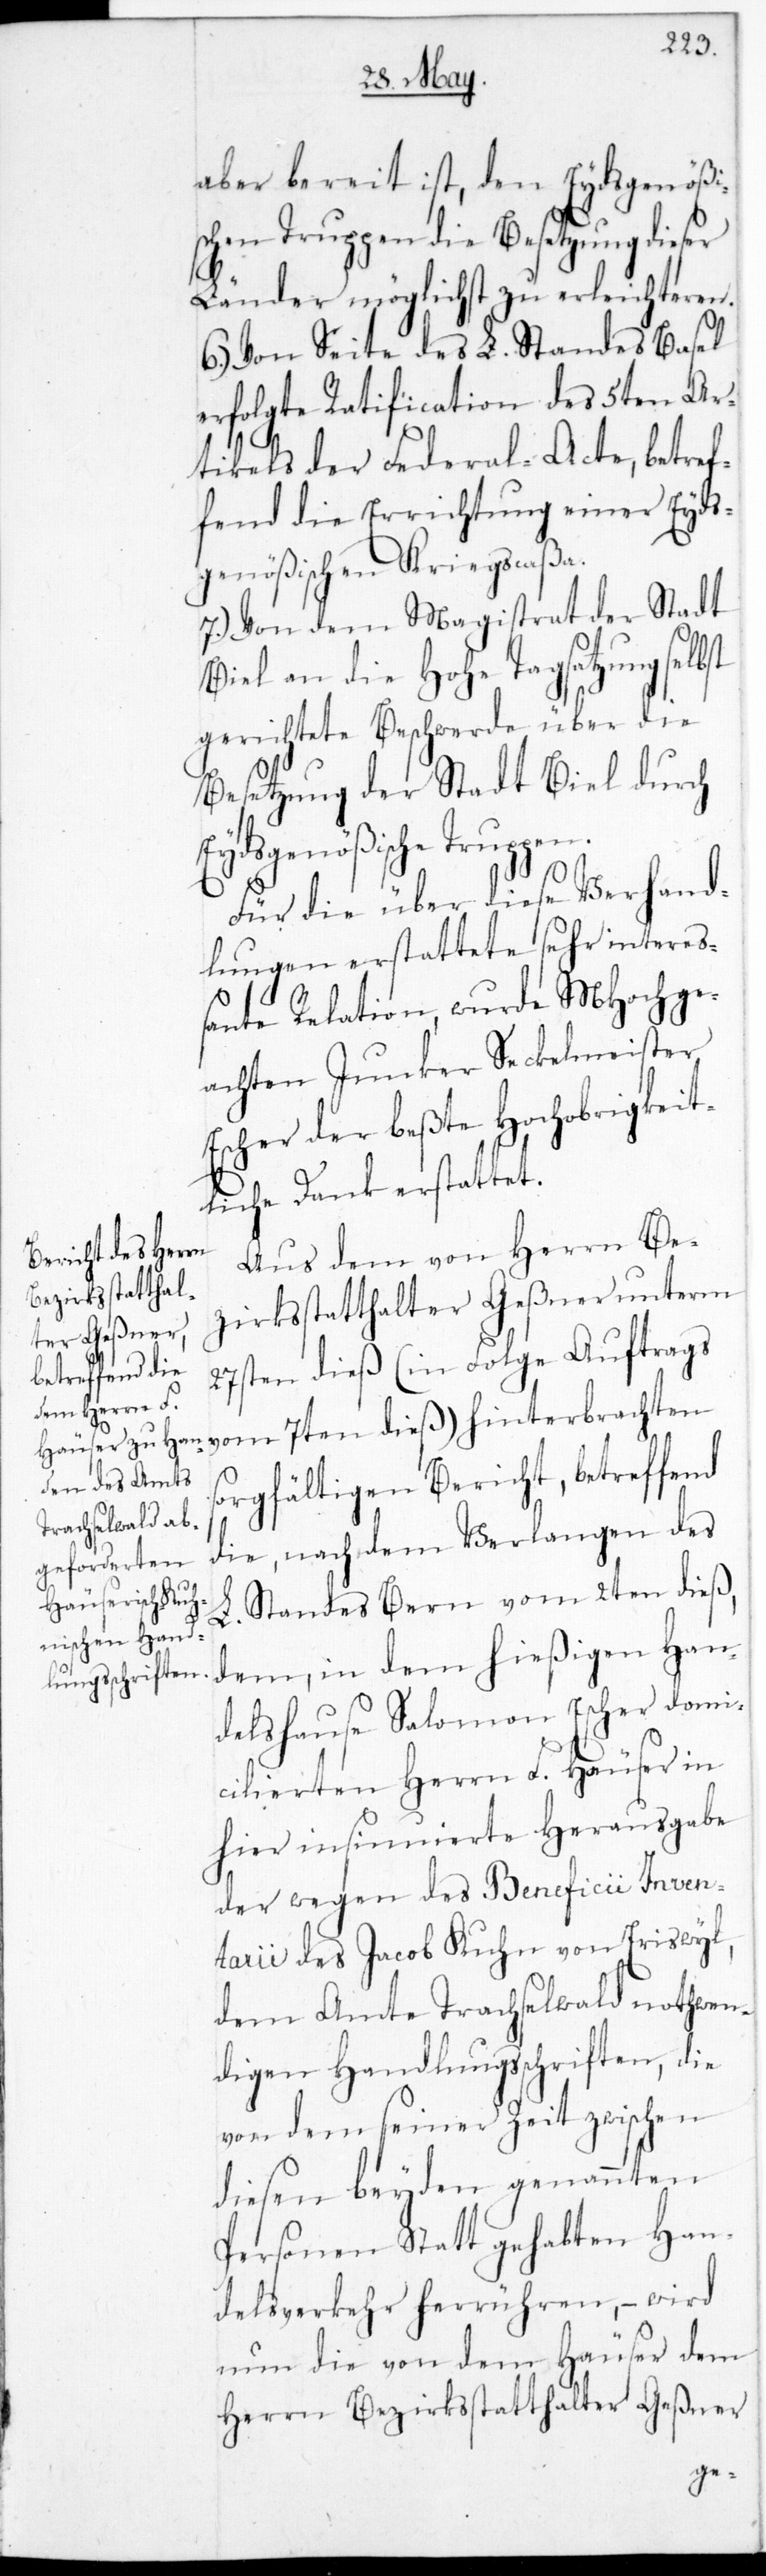
aber bereit ist, den Eydsgenößi¬
schen Truppen die Besetzung dieser
Länder möglichst zu erleichteren.
6.) Von Seite des L. Standes Basel
erfolgte Ratification des 5ten Ar¬
tikels der Federal-Acte, betref¬
fend die Errichtung einer Eyds¬
genößischen Kriegscaßa.
7.) Von dem Magistrath der Stadt
Biel an die Hohe Tagsatzung selbst
gerichtete Beschwerde über die
Besetzung der Stadt Biel durch
Eydsgenößische Truppen.
Für die über diese Verhand¬
lungen erstattete sehr intere¬
ßante Relation, wurde MHochge¬
achten Junker Seckelmeister
Escher der beßte Hochobrigkeit¬
liche Dank erstattet.
Aus dem von Herrn Be¬
zirksstatthalter Geßner unterm
27sten dieß (in Folge Auftrags
sorgfältigen Bericht, betreffend
die, nach dem Verlangen des
Standes Bern vom 2ten dieß,
L.
dem in dem hießigen Han¬
delshause Salomon Escher domi¬
cilierten Herrn F. Häuser in
hier insinuierte Herausgabe
der wegen des Beneficii Inven¬
tarii des Jacob Kuhn von Eriswil,
dem Amte Trachselwald nothwen¬
digen Handlungßchriften, die
von dem seiner Zeit zwischen
diesen beyden genannten
Personen Statt gehabten Han¬
delsverkehr herrühren, – wird
nun die von dem Häuser dem
Herrn Bezirksstatthalter Geßner